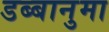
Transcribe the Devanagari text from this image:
डब्बानुमा